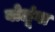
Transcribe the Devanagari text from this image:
बोलूंगा